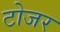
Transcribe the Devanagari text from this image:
टोजर